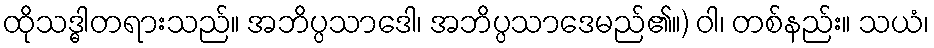
ထိုသဒ္ဓါတရားသည်။ အဘိပ္ပသာဒေါ၊ အဘိပ္ပသာဒေမည်၏။) ဝါ၊ တစ်နည်း။ သယံ၊